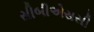
સીબીએસસી